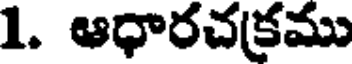
1. ఆధారచక్రము